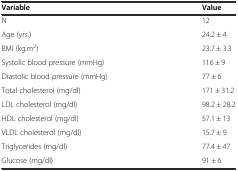
| Variable | Value |
 | --- | --- |
 | N | 12 |
 | Age (yrs.) | 24.2 ± 4 |
 | BMI (kg.m2) | 23.7 ± 3.3 |
 | Systolic blood pressure (mmHg) | 116 ± 9 |
 | Diastolic blood pressure (mmHg) | 77 ± 6 |
 | Total cholesterol (mg/dl) | 171 ± 31.2 |
 | LDL cholesterol (mg/dl) | 98.2 ± 28.2 |
 | HDL cholesterol (mg/dl) | 57.1 ± 13 |
 | VLDL cholesterol (mg/dl) | 15.7 ± 9 |
 | Triglycerides (mg/dl) | 77.4 ± 47 |
 | Glucose (mg/dl) | 91 ± 6 |